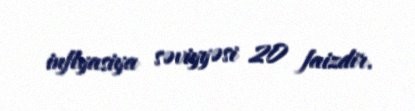
inflyasiya səviyyəsi 20 faizdir.